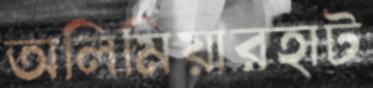
অলিমিয়ারহাট